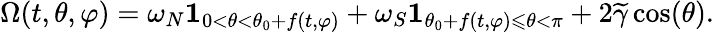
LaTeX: \Omega(t,\theta,\varphi)=\omega_{N}\mathbf{1}_{0<\theta<\theta_{0}+f(t,\varphi)}+\omega_{S}\mathbf{1}_{\theta_{0}+f(t,\varphi)\leqslant\theta<\pi}+2\widetilde{\gamma}\cos(\theta).